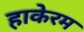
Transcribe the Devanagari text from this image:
हाकेरम